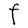
Character: F